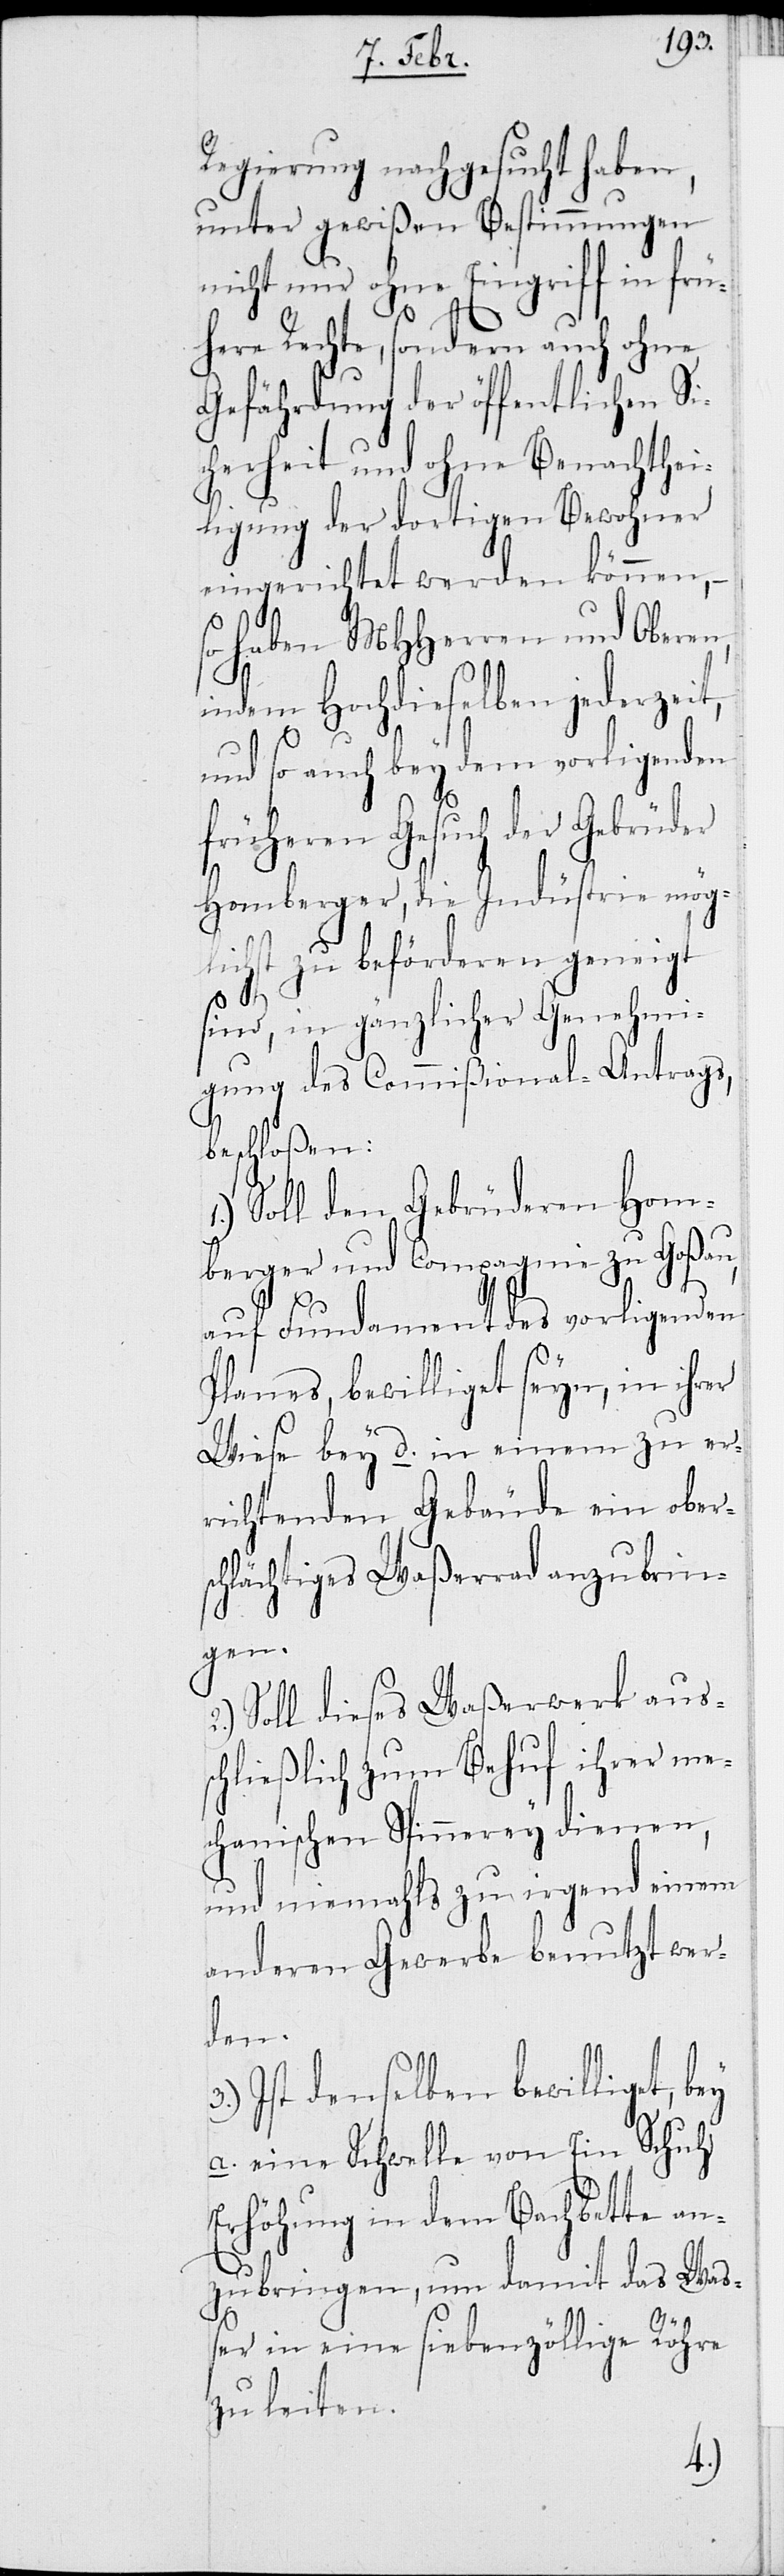
Regierung nachgesucht haben,
unter gewißen Bestimmungen
nicht nur ohne Eingriff in früh¬
ere Rechte, sondern auch ohne
Gefährdung der öffentlichen Si¬
cherheit und ohne Benachthei¬
ligung der dortigen Bewohner
eingerichtet werden können,
so haben MHHerren und Oberen,
indem Hochdieselben jederzei¬
t,
und so auch bey dem vorligenden
früheren Gesuch der Gebrüder
Homberger, die Industrie mög¬
lichst zu beförderen geneigt
sind, in gänzlicher Genehmi¬
gung des Commißional-Antrags,
beschloßen:
Soll den Gebrüderen Hom¬
berger und Compagnie zu Goßau,
auf Fundament des vorligenden
Planes, bewilliget seyn, in ihrer
Weise bey d. in einem zu er¬
richtenden Gebäude ein obers¬
chlächtiges Waßerrad anzubrin¬
gen.
Soll dieses Waßerwerk aus¬
schließlich zum Behuf ihrer me¬
chanischen Spinnerey dienen,
und niemahls zu irgend einem
anderen Gewerbe benutzt wer¬
den.
Ist denselben bewilliget,
a. eine Schwelle von Ein Schuh
Erhöhung in dem Bachbette an¬
zubringen, um damit das Waß¬
er in eine siebenzöllige Röhre
zu leiten.
2.)